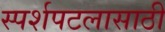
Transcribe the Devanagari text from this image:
स्पर्शपटलासाठी